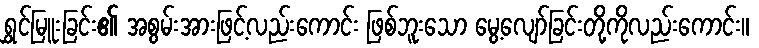
ရွှင်မြူးခြင်း၏ အစွမ်းအားဖြင့်လည်းကောင်း ဖြစ်ဘူးသော မွေ့လျော်ခြင်းတို့ကိုလည်းကောင်း။